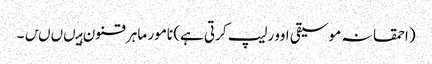
(احمقانہ موسیقی اوورلیپ کرتی ہے) نامور ماہر قنون ہیںںںں۔